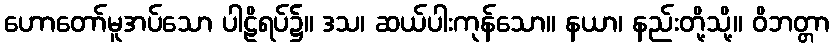
ဟောတော်မူအပ်သော ပါဠိရပ်၌။ ဒသ၊ ဆယ်ပါးကုန်သော။ နယာ၊ နည်းတို့သို့။ ဝိဘတ္တာ